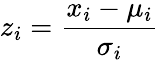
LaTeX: z_{i}=\frac{x_{i}-\mu_{i}}{\sigma_{i}}